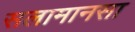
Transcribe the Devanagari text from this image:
सलामानसा